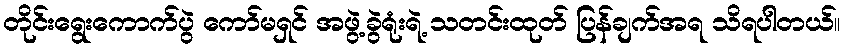
တိုင်းရွေးကောက်ပွဲ ကော်မရှင် အဖွဲ့ခွဲရုံးရဲ့ သတင်းထုတ် ပြန်ချက်အရ သိရပါတယ်။